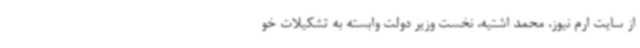
از سایت ارم نیوز، محمد اشتیه، نخست وزیر دولت وابسته به تشکیلات خو